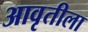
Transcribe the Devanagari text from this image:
आवृतीला